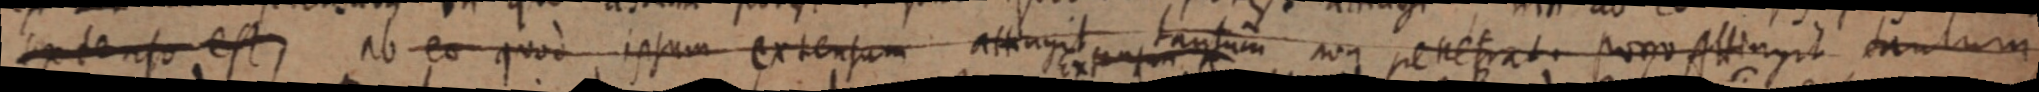
extenso est, ab eo quod ipsum extensum assingit tantum non penetrat. porro Assingit tantum